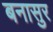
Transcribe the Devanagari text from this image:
बनासुर